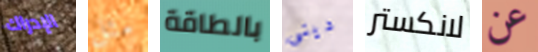
الإدراك مثل بالطاقة دينى لانكستر عن